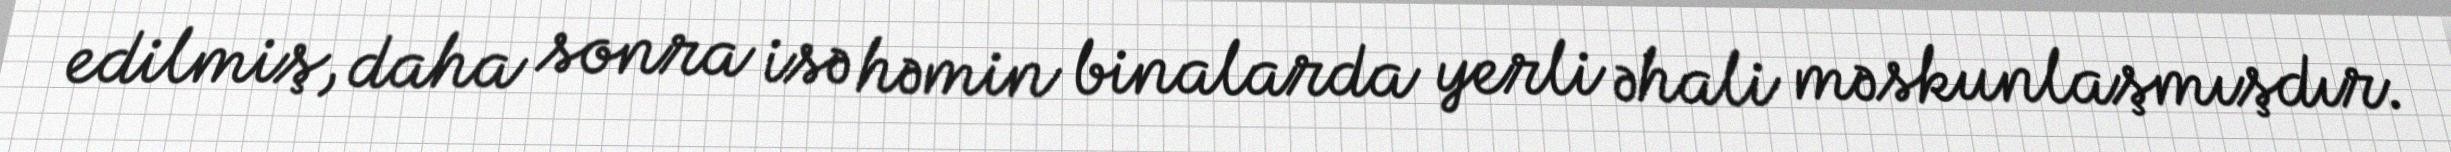
edilmiş, daha sonra isə həmin binalarda yerli əhali məskunlaşmışdır.